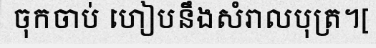
ចុកចាប់ ហៀបនឹងសំរាលបុត្រ។[